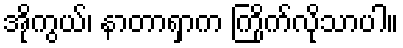
အိုကွယ်၊ နာတာရှာက ကြိုက်လိုသာပါ။